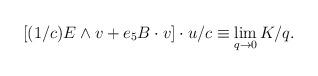
LaTeX: \begin{align*}\left[ (1/c)E\wedge v+e_{5}B\cdot v\right] \cdot u/c\equiv\lim_{q\rightarrow 0}K/q. \end{align*}